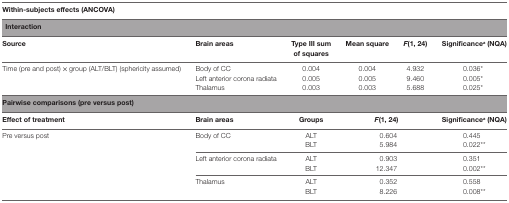
<table><thead><tr><td colspan="6"><b>Within-subjects effects (ANCOVA)</b></td></tr></thead><tbody><tr><td colspan="6"><b>Interaction</b></td></tr><tr><td><b>Source</b></td><td><b>Brain areas</b></td><td><b>Type III sum of squares</b></td><td><b>Mean square</b></td><td><b><i>F</i></b>(1, 24)</td><td><b>Significance<sup>a</sup> (NQA)</b></td></tr><tr><td rowspan="3">Time (pre and post) × group (ALT/BLT) (sphericity assumed)</td><td>Body of CC</td><td>0.004</td><td>0.004</td><td>4.932</td><td>0.036*</td></tr><tr><td>Left anterior corona radiata</td><td>0.005</td><td>0.005</td><td>9.460</td><td>0.005*</td></tr><tr><td>Thalamus</td><td>0.003</td><td>0.003</td><td>5.688</td><td>0.025*</td></tr><tr><td colspan="6"><b>Pairwise comparisons (pre versus post)</b></td></tr><tr><td><b>Effect of treatment</b></td><td><b>Brain areas</b></td><td><b>Groups</b></td><td colspan="2"><b><i>F</i></b>(1, 24)</td><td><b>Significance<sup>a</sup> (NQA)</b></td></tr><tr><td rowspan="8">Pre versus post</td><td rowspan="2">Body of CC</td><td>ALT</td><td colspan="2">0.604</td><td>0.445</td></tr><tr><td>BLT</td><td colspan="2">5.984</td><td>0.022**</td></tr><tr><td rowspan="2">Left anterior corona radiata</td><td>ALT</td><td colspan="2">0.903</td><td>0.351</td></tr><tr><td>BLT</td><td colspan="2">12.347</td><td>0.002**</td></tr><tr><td rowspan="2">Thalamus</td><td>ALT</td><td colspan="2">0.352</td><td>0.558</td></tr><tr><td>BLT</td><td colspan="2">8.226</td><td>0.008**</td></tr></tbody></table>